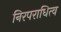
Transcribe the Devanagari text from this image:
निरपराधित्व